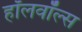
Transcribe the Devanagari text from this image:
हॉलवॉल्स